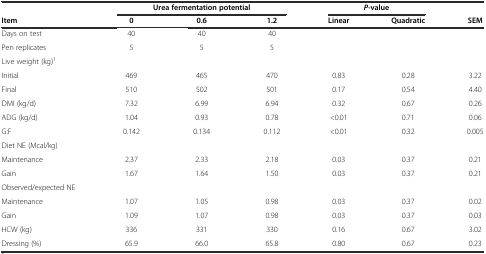
<table><thead><tr><td>[EMPTY_CELL]</td><td colspan="3"><b>Urea fermentation potential</b></td><td colspan="2"><b><i>P-</i>value</b></td><td>[EMPTY_CELL]</td></tr><tr><td><b>Item</b></td><td><b>0</b></td><td><b>0.6</b></td><td><b>1.2</b></td><td><b>Linear</b></td><td><b>Quadratic</b></td><td><b>SEM</b></td></tr></thead><tbody><tr><td>Days on test</td><td>40</td><td>40</td><td>40</td><td>[EMPTY_CELL]</td><td>[EMPTY_CELL]</td><td>[EMPTY_CELL]</td></tr><tr><td>Pen replicates</td><td>5</td><td>5</td><td>5</td><td>[EMPTY_CELL]</td><td>[EMPTY_CELL]</td><td>[EMPTY_CELL]</td></tr><tr><td>Live weight (kg)<sup>1</sup></td><td>[EMPTY_CELL]</td><td>[EMPTY_CELL]</td><td>[EMPTY_CELL]</td><td>[EMPTY_CELL]</td><td>[EMPTY_CELL]</td><td>[EMPTY_CELL]</td></tr><tr><td>Initial</td><td>469</td><td>465</td><td>470</td><td>0.83</td><td>0.28</td><td>3.22</td></tr><tr><td>Final</td><td>510</td><td>502</td><td>501</td><td>0.17</td><td>0.54</td><td>4.40</td></tr><tr><td>DMI (kg/d)</td><td>7.32</td><td>6.99</td><td>6.94</td><td>0.32</td><td>0.67</td><td>0.26</td></tr><tr><td>ADG (kg/d)</td><td>1.04</td><td>0.93</td><td>0.78</td><td>&lt;0.01</td><td>0.71</td><td>0.06</td></tr><tr><td>G:F</td><td>0.142</td><td>0.134</td><td>0.112</td><td>&lt;0.01</td><td>0.32</td><td>0.005</td></tr><tr><td>Diet NE (Mcal/kg)</td><td>[EMPTY_CELL]</td><td>[EMPTY_CELL]</td><td>[EMPTY_CELL]</td><td>[EMPTY_CELL]</td><td>[EMPTY_CELL]</td><td>[EMPTY_CELL]</td></tr><tr><td>Maintenance</td><td>2.37</td><td>2.33</td><td>2.18</td><td>0.03</td><td>0.37</td><td>0.21</td></tr><tr><td>Gain</td><td>1.67</td><td>1.64</td><td>1.50</td><td>0.03</td><td>0.37</td><td>0.21</td></tr><tr><td>Observed/expected NE</td><td>[EMPTY_CELL]</td><td>[EMPTY_CELL]</td><td>[EMPTY_CELL]</td><td>[EMPTY_CELL]</td><td>[EMPTY_CELL]</td><td>[EMPTY_CELL]</td></tr><tr><td>Maintenance</td><td>1.07</td><td>1.05</td><td>0.98</td><td>0.03</td><td>0.37</td><td>0.02</td></tr><tr><td>Gain</td><td>1.09</td><td>1.07</td><td>0.98</td><td>0.03</td><td>0.37</td><td>0.03</td></tr><tr><td>HCW (kg)</td><td>336</td><td>331</td><td>330</td><td>0.16</td><td>0.67</td><td>3.02</td></tr><tr><td>Dressing (%)</td><td>65.9</td><td>66.0</td><td>65.8</td><td>0.80</td><td>0.67</td><td>0.23</td></tr></tbody></table>